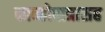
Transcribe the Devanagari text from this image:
कान्होपात्रासह